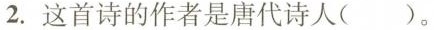
2.这首诗的作者是唐代诗人()。